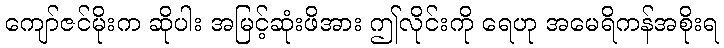
ကျော်ဇင်မိုးက ဆိုပါး အမြင့်ဆုံးဖိအား ဤလိုင်းကို ရေဟု အမေရိကန်အစိုးရ